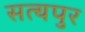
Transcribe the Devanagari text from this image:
सत्यपुर